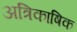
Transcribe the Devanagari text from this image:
अत्रिकाषिक